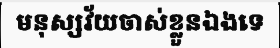
មនុស្សវ័យចាស់ខ្លួនឯងទេ